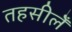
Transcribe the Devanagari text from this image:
तहसीलेँ